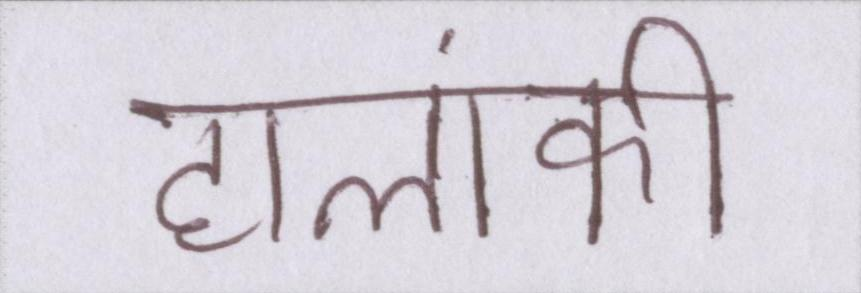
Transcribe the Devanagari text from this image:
हालांकी